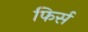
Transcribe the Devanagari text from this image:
फिर्स